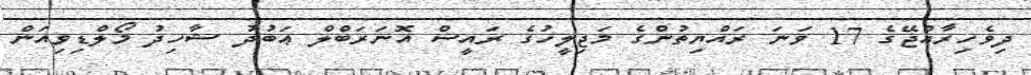
ދިވެހިރާއްޖޭގެ 17 ވަނަ ރައްޔިތުންގެ މަޖިލީހުގެ ރައީސް އޮނަރަބްލް ޢަބުދު ޝާހިދު މޯލްޑިވިއަން